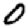
Digit: 0